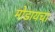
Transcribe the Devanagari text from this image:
मोडायचा